65_HS1-834228961_62-HQ-83894_Section_8
Agency: FBI
Page 129
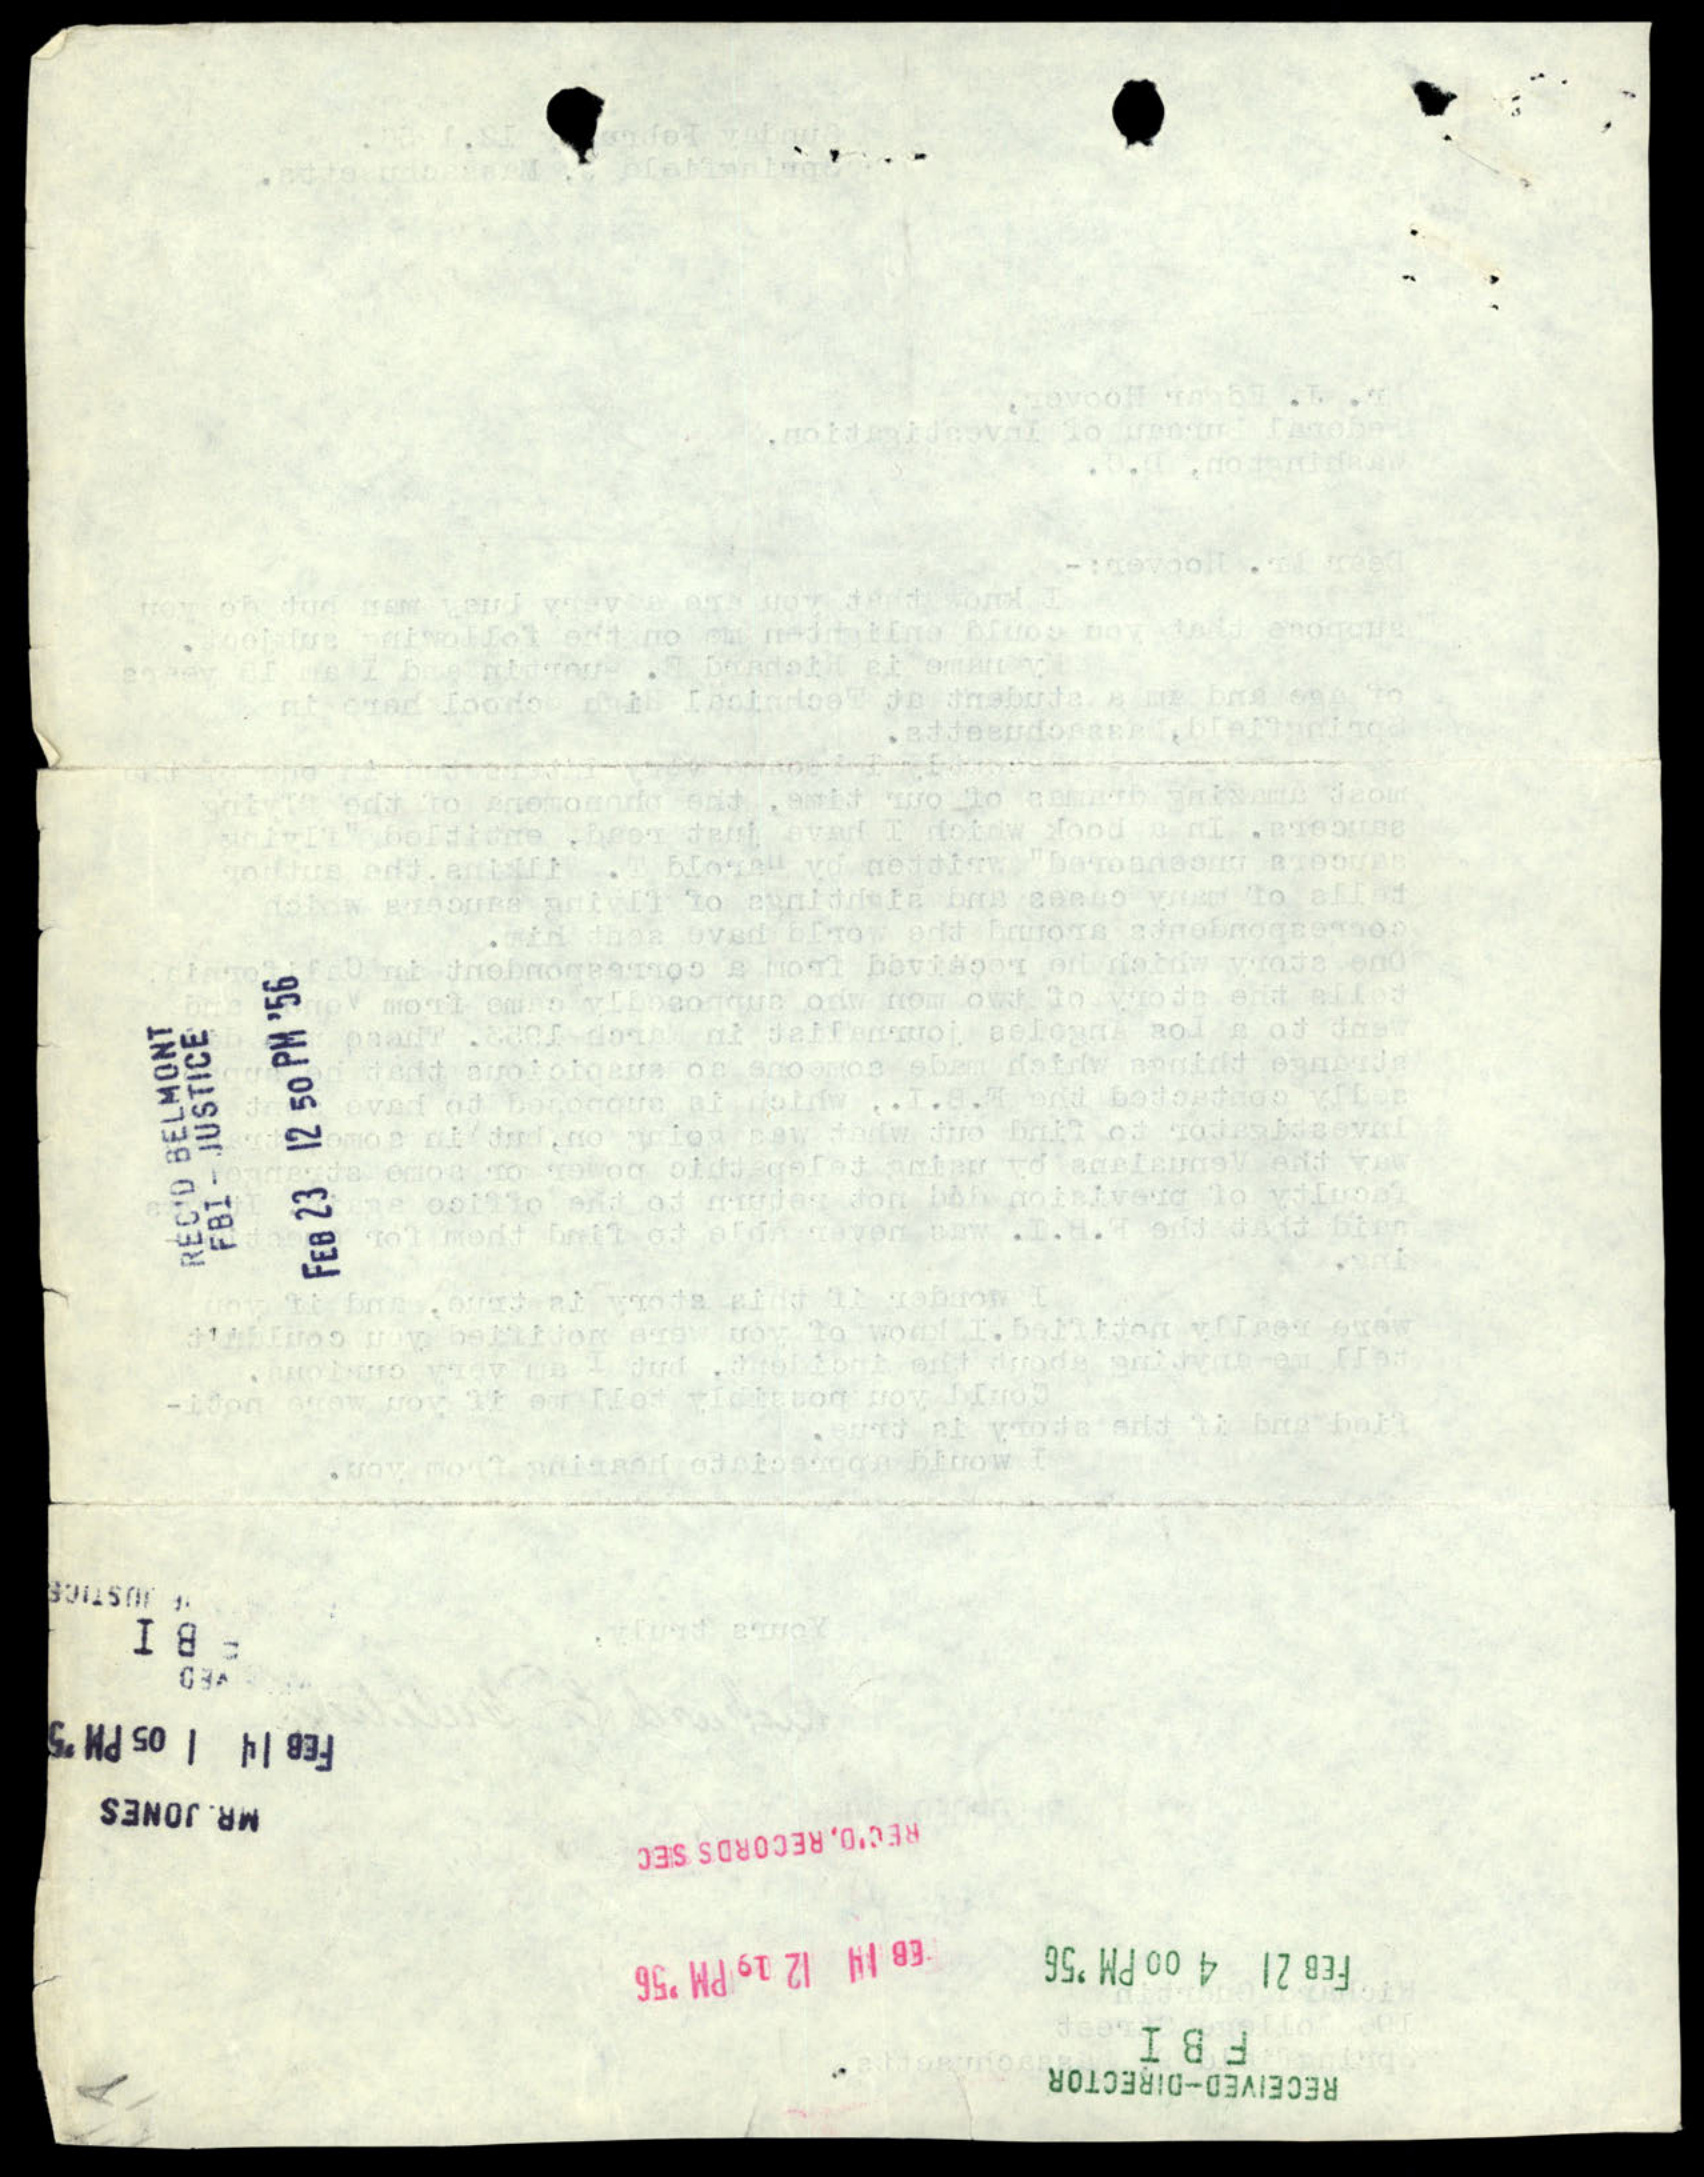